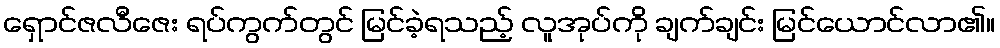
ရှောင်ဇလီဇေး ရပ်ကွက်တွင် မြင်ခဲ့ရသည့် လူအုပ်ကို ချက်ချင်း မြင်ယောင်လာ၏။